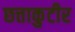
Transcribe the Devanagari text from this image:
छत्ताकुटीर